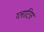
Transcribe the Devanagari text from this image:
ग्लाटिस